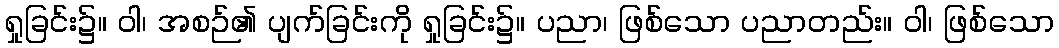
ရှုခြင်း၌။ ဝါ၊ အစဉ်၏ ပျက်ခြင်းကို ရှုခြင်း၌။ ပညာ၊ ဖြစ်သော ပညာတည်း။ ဝါ၊ ဖြစ်သော